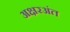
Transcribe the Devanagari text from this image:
अक्षरअंत